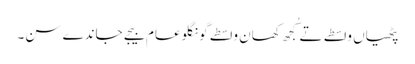
پٹھیاں واسطے تے کُجھ کھان واسطے گونگلو عام بیجے جاندے سن۔